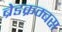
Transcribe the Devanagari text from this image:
ब्रेडक्रम्बस